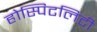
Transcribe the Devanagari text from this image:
होस्पिटलिटी